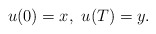
\begin{align*}u(0)=x, \ u(T)=y.\end{align*}